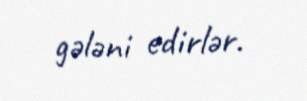
gələni edirlər.